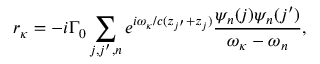
r _ { \kappa } = - i { \Gamma _ { 0 } } \sum _ { j , j ^ { \prime } , n } ^ { } { { e ^ { i \omega _ { \kappa } / c ( { z _ { j ^ { \prime } } } + { z _ { j } } ) } } \frac { \psi _ { n } ( j ) \psi _ { n } ( j ^ { \prime } ) } { \omega _ { \kappa } - \omega _ { n } } } ,